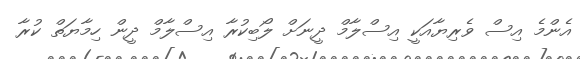
އެންމެ އިސް ވެރިޔާއަކީ އިސްލާމް ދީނަށް ލޯބިކުރާ އިސްލާމް ދީން ހިމާޔަތް ކުރާ